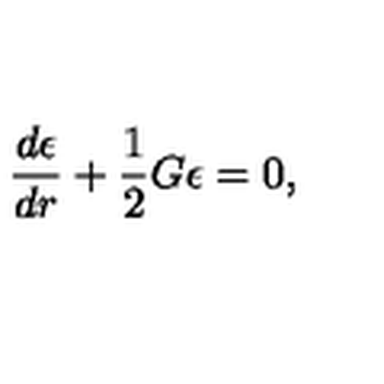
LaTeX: \frac { d \epsilon } { d r } + \frac { 1 } { 2 } G \epsilon = 0 ,